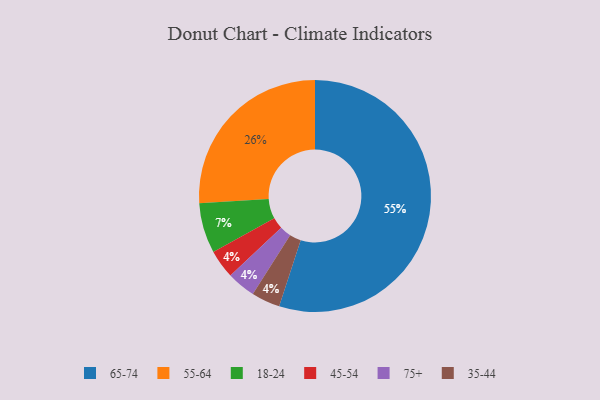
{"axis": {"x": "Category", "y": "Percentage"}, "legend": ["18-24", "35-44", "45-54", "55-64", "65-74", "75+"], "data": [{"x": "18-24", "y": 7, "type": "18-24"}, {"x": "45-54", "y": 4, "type": "45-54"}, {"x": "75+", "y": 4, "type": "75+"}, {"x": "65-74", "y": 55, "type": "65-74"}, {"x": "35-44", "y": 4, "type": "35-44"}, {"x": "55-64", "y": 26, "type": "55-64"}]}